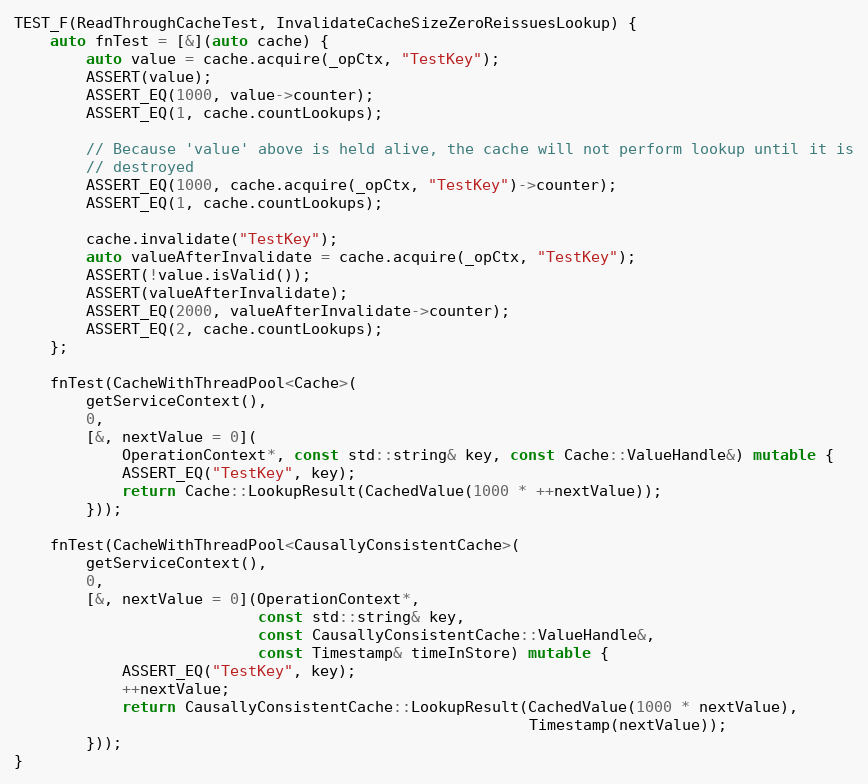
Language: C++
TEST_F(ReadThroughCacheTest, InvalidateCacheSizeZeroReissuesLookup) {
    auto fnTest = [&](auto cache) {
        auto value = cache.acquire(_opCtx, "TestKey");
        ASSERT(value);
        ASSERT_EQ(1000, value->counter);
        ASSERT_EQ(1, cache.countLookups);

        // Because 'value' above is held alive, the cache will not perform lookup until it is
        // destroyed
        ASSERT_EQ(1000, cache.acquire(_opCtx, "TestKey")->counter);
        ASSERT_EQ(1, cache.countLookups);

        cache.invalidate("TestKey");
        auto valueAfterInvalidate = cache.acquire(_opCtx, "TestKey");
        ASSERT(!value.isValid());
        ASSERT(valueAfterInvalidate);
        ASSERT_EQ(2000, valueAfterInvalidate->counter);
        ASSERT_EQ(2, cache.countLookups);
    };

    fnTest(CacheWithThreadPool<Cache>(
        getServiceContext(),
        0,
        [&, nextValue = 0](
            OperationContext*, const std::string& key, const Cache::ValueHandle&) mutable {
            ASSERT_EQ("TestKey", key);
            return Cache::LookupResult(CachedValue(1000 * ++nextValue));
        }));

    fnTest(CacheWithThreadPool<CausallyConsistentCache>(
        getServiceContext(),
        0,
        [&, nextValue = 0](OperationContext*,
                           const std::string& key,
                           const CausallyConsistentCache::ValueHandle&,
                           const Timestamp& timeInStore) mutable {
            ASSERT_EQ("TestKey", key);
            ++nextValue;
            return CausallyConsistentCache::LookupResult(CachedValue(1000 * nextValue),
                                                         Timestamp(nextValue));
        }));
}